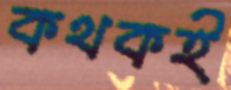
কথকই